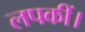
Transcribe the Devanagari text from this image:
लपकीं।